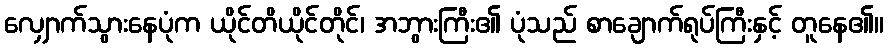
လျှောက်သွားနေပုံက ယိုင်တိယိုင်တိုင်၊ အဘွားကြီး၏ ပုံသည် စာချောက်ရုပ်ကြီးနှင့် တူနေ၏။